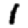
Digit: 1